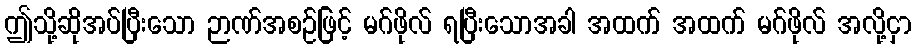
ဤသို့ဆိုအပ်ပြီးသော ဉာဏ်အစဉ်ဖြင့် မဂ်ဖိုလ် ရပြီးသောအခါ အထက် အထက် မဂ်ဖိုလ် အလို့ငှာ